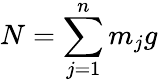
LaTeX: N=\sum_{j=1}^{n}m_{j}g